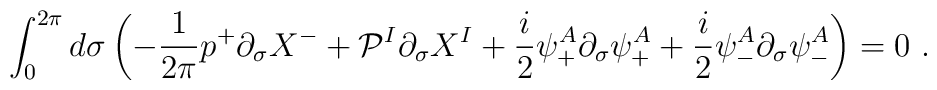
\int^{2\pi}_0 d \sigma  \left( - \frac{1}{2\pi} p^+ \partial_\sigma X^-   + {\cal P}^I \partial_\sigma X^I   + \frac{i}{2} \psi^A_+ \partial_\sigma \psi^A_+   + \frac{i}{2} \psi^A_- \partial_\sigma \psi^A_- \right) = 0 ~.